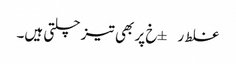
غلط ر±خ پر بھی تیز چلتی ہیں۔